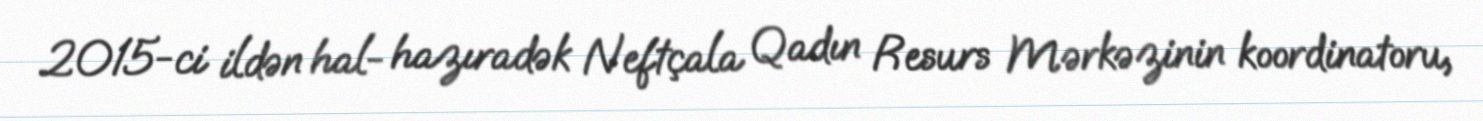
2015-ci ildən hal- hazıradək Neftçala Qadın Resurs Mərkəzinin koordinatoru,